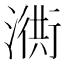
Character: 𣽣